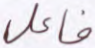
فاعل